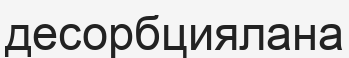
десорбциялана